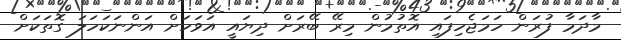
މާދަމާ ފުރަން ހަމަޖެހިފައި އޮތުމުން މިރޭ ބޭރަށް ދިޔައީ އަވަހަށް އަންނަކަހަލަ ގޮތަކަށް